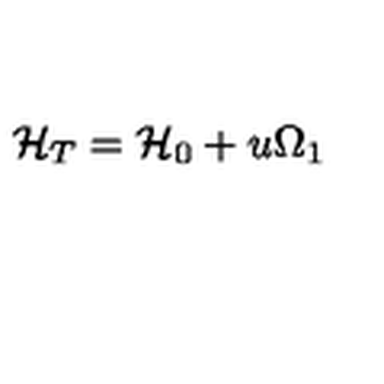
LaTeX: { \cal H } _ { T } = { \cal H } _ { 0 } + u \Omega _ { 1 }